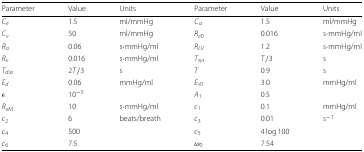
<table><thead><tr><td><b>Parameter</b></td><td><b>Value</b></td><td><b>Units</b></td><td><b>Parameter</b></td><td><b>Value</b></td><td><b>Units</b></td></tr></thead><tbody><tr><td><i>C</i><sub><i>e</i></sub></td><td>1.5</td><td>ml/mmHg</td><td><i>C</i><sub><i>a</i></sub></td><td>1.5</td><td>ml/mmHg</td></tr><tr><td><i>C</i><sub><i>v</i></sub></td><td>50</td><td>ml/mmHg</td><td><i>R</i><sub><i>e</i>0</sub></td><td>0.016</td><td>s ·mmHg/ml</td></tr><tr><td><i>R</i><sub><i>a</i></sub></td><td>0.06</td><td>s ·mmHg/ml</td><td><i>R</i><sub><i>LV</i></sub></td><td>1.2</td><td>s ·mmHg/ml</td></tr><tr><td><i>R</i><sub><i>v</i></sub></td><td>0.016</td><td>s ·mmHg/ml</td><td><i>T</i><sub><i>sys</i></sub></td><td><i>T</i>/3</td><td>s</td></tr><tr><td><i>T</i><sub><i>dia</i></sub></td><td>2<i>T</i>/3</td><td>s</td><td><i>T</i></td><td>0.9</td><td>s</td></tr><tr><td><i>E</i><sub><i>d</i></sub></td><td>0.06</td><td>mmHg/ml</td><td><i>E</i><sub><i>s</i>0</sub></td><td>3.0</td><td>mmHg/ml</td></tr><tr><td><i>ε</i></td><td>10<sup>−5</sup></td><td></td><td><i>A</i><sub>1</sub></td><td>0.5</td><td></td></tr><tr><td><i>R</i><sub><i>eM</i></sub></td><td>10</td><td>s ·mmHg/ml</td><td><i>c</i><sub>1</sub></td><td>0.1</td><td>mmHg/ml</td></tr><tr><td><i>c</i><sub>2</sub></td><td>6</td><td>beats/breath</td><td><i>c</i><sub>3</sub></td><td>0.01</td><td>s <sup>−1</sup></td></tr><tr><td><i>c</i><sub>4</sub></td><td>500</td><td></td><td><i>c</i><sub>5</sub></td><td>4 log100</td><td></td></tr><tr><td><i>c</i><sub>6</sub></td><td>7.5</td><td></td><td><i>ω</i><sub>0</sub></td><td>7.54</td><td></td></tr></tbody></table>